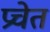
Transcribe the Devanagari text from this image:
प्रचेत